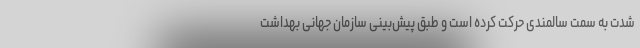
شدت به سمت سالمندی حرکت کرده است و طبق پیش‌بینی سازمان جهانی بهداشت